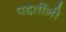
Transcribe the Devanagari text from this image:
पद्दतींनी